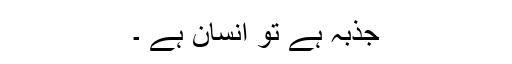
جذبہ ہے تو انسان ہے ۔